Scottish Leaving Certificate Examination, 1951
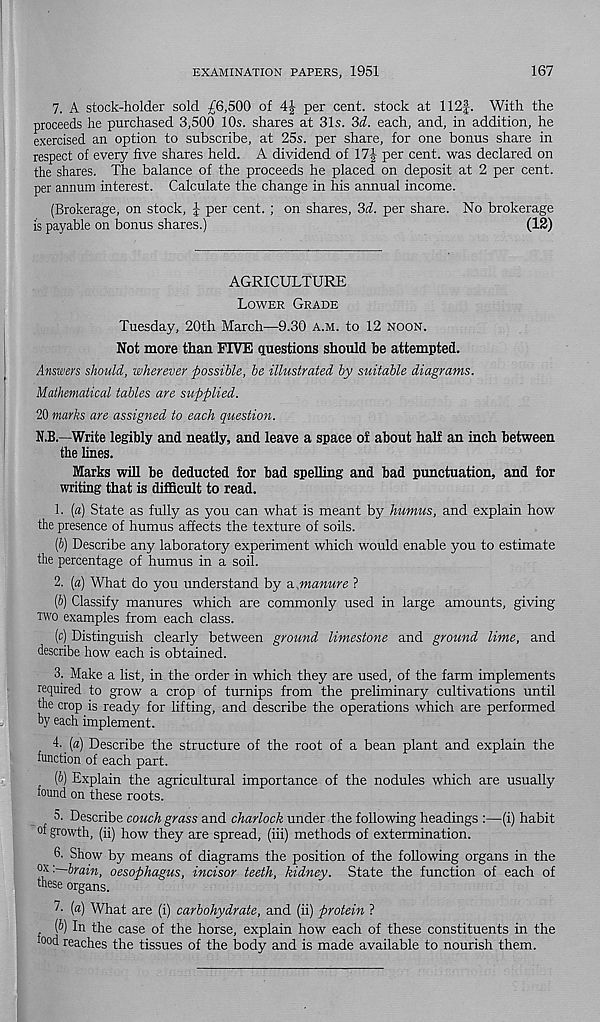
EXAMINATION PAPERS, 1951
167
7. A stock-holder sold £6,500 of 4J per cent, stock at 112f. With the
proceeds he purchased 3,500 10s. shares at 31s. 3i. each, and, in addition, he
exercised an option to subscribe, at 25s. per share, for one bonus share in
respect of every five shares held. A dividend of Yl\ per cent, was declared on
the shares. The balance of the proceeds he placed on deposit at 2 per cent,
per annum interest. Calculate the change in his annual income.
(Brokerage, on stock, £ per cent. ; on shares, 3d. per share. No brokerage
is payable on bonus shares.)
(12)
AGRICULTURE
Lower Grade
Tuesday, 20th March—9.30 a.m. to 12 noon.
Not more than FIVE questions should be attempted.
Answers should, wherever possible, be illustrated by suitable diagrams.
Mathematical tables are supplied.
20 marks are assigned to each question.
N.B.—Write legibly and neatly, and leave a space of about half an inch between
the lines.
Marks will be deducted for bad spelling and bad punctuation, and for
writing that is difficult to read.
1. [a) State as fully as you can what is meant by humus, and explain how
the presence of humus affects the texture of soils.
(5) Describe any laboratory experiment which would enable you to estimate
the percentage of humus in a soil.
2. [a) What do you understand by a,manure ?
{b) Classify manures which are commonly used in large amounts, giving
two examples from each class.
(c) Distinguish clearly between ground limestone and ground lime, and
describe how each is obtained.
3. Make a list, in the order in which they are used, of the farm implements
required to grow a crop of turnips from the preliminary cultivations until
the crop is ready for lifting, and describe the operations which are performed
by each implement.
4. (a) Describe the structure of the root of a bean plant and explain the
function of each part.
{b) Explain the agricultural importance of the nodules which are usually
found on these roots.
5. Describe couch grass and charlock under the following headings :—(i) habit
°f growth, (ii) how they are spread, (iii) methods of extermination.
6. Show by means of diagrams the position of the following organs in the
'—brain, oesophagus, incisor teeth, kidney. State the function of each of
these organs.
[a) What are (i) carbohydrate, and (ii) protein ?
[b) In the case of the horse, explain how each of these constituents in the
0°d reaches the tissues of the body and is made available to nourish them.